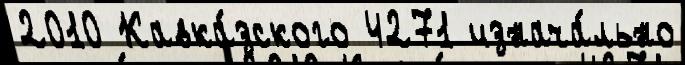
2010 Кавка́зского 4271 изнача́льно